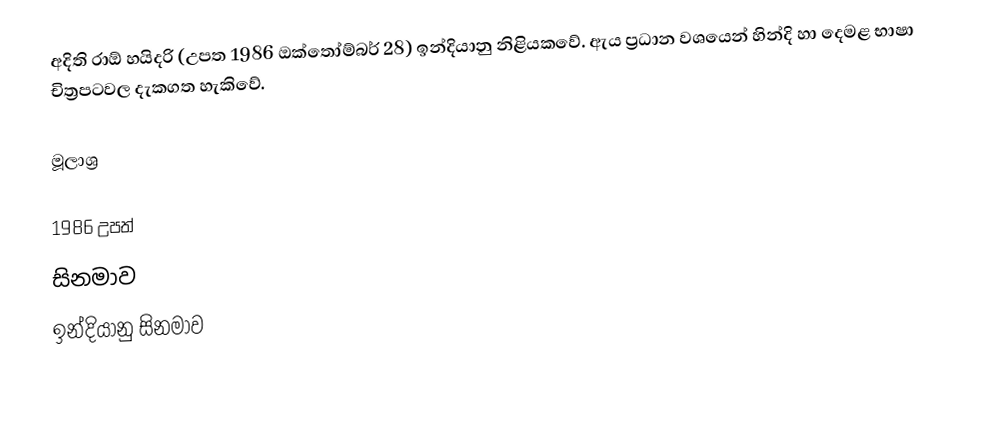
අදිති රාඕ හයිදරි (උපත 1986 ඔක්තෝම්බර් 28) ඉන්දියානු නිළියකවේ. ඇය ප්‍රධාන වශයෙන් හින්දි හා දෙමළ භාෂා චිත්‍රපටවල දැකගත හැකිවේ.

මූලාශ්‍ර

1986 උපත්
සිනමාව
ඉන්දියානු සිනමාව